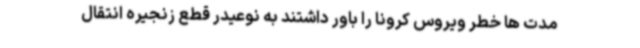
مدت ها خطر ویروس کرونا را باور داشتند به نوعیدر قطع زنجیره انتقال‌